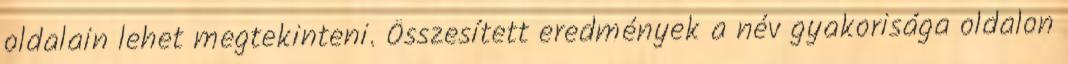
oldalain lehet megtekinteni. Összesített eredmények a név gyakorisága oldalon